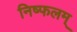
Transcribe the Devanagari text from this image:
निष्फलम्